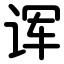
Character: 诨